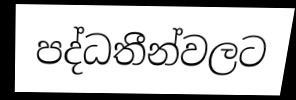
පද්ධතීන්වලට